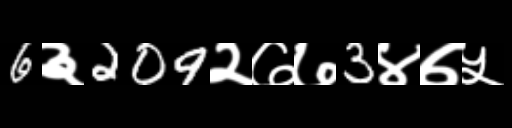
Text: 6३209२७७3४७५